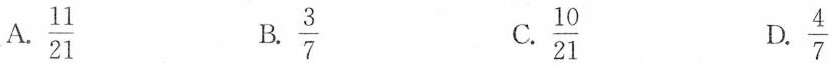
A.\frac{11}{21} B.\frac{3}{7} C.\frac{10}{21} D.\frac{4}{7}